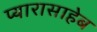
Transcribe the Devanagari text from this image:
प्यारासाहेब